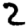
Digit: 2